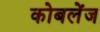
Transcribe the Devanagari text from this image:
कोबलेंज